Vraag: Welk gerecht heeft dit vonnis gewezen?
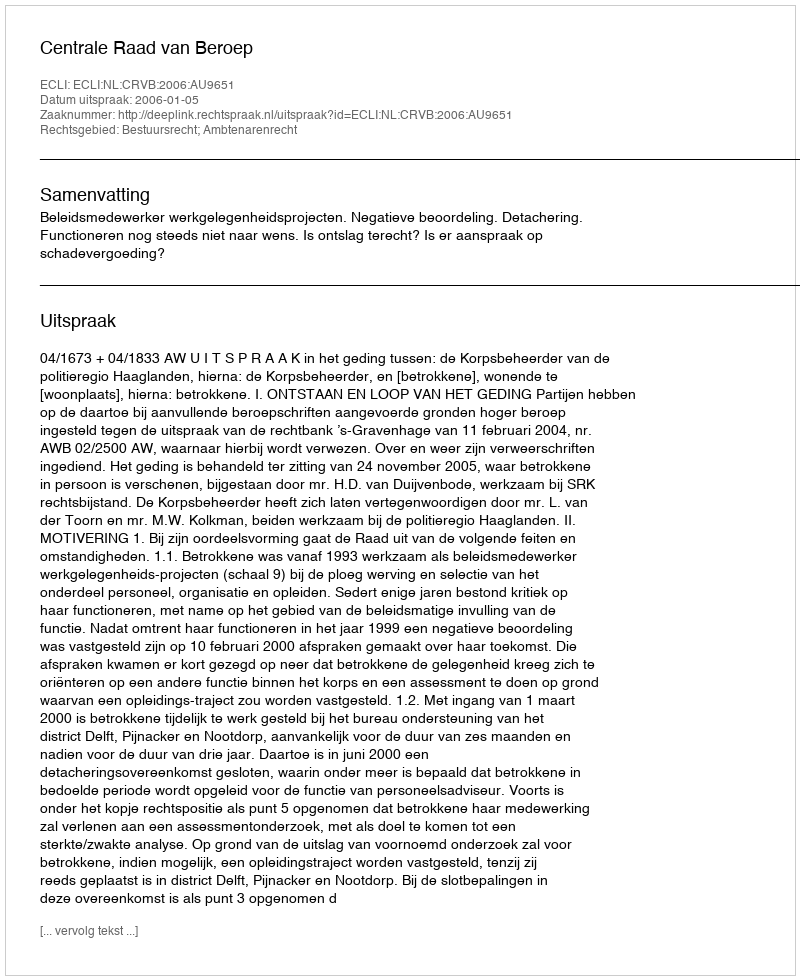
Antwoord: Centrale Raad van Beroep